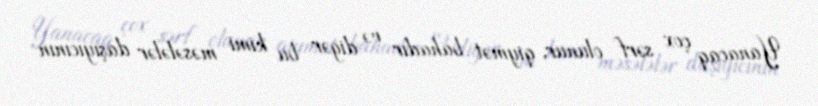
Yanacaq çox sərf olunur, qiymət bahadır və digər bu kimi məsələlər daşıyıcının